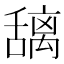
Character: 𫬎